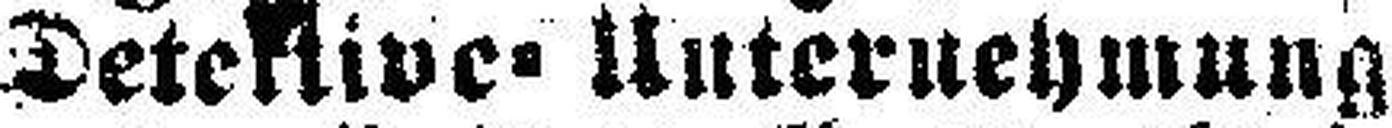
Detektive=Unternehmung